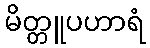
မိတ္တူပဟာရံ